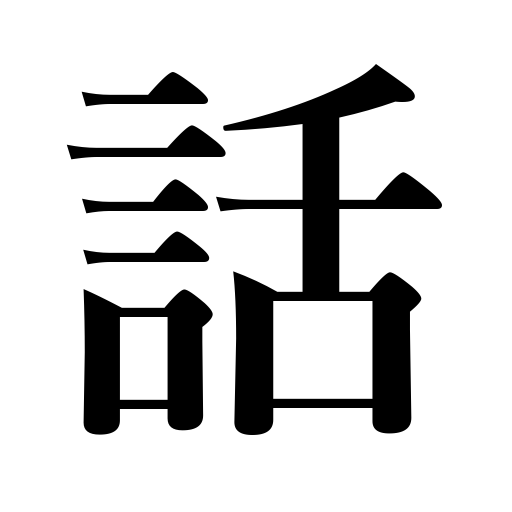
Meanings: tell,explain,talk,conversation,negotiations,converse,speak,story,rumor,facts,reasons,consultation,news,chat